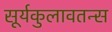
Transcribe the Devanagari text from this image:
सूर्यकुलावतन्स